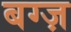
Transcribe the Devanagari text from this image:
बग्ज़